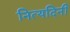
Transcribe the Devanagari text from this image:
नित्यदिनी